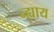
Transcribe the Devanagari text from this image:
न्ह्याय